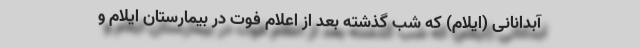
آبدانانی (ایلام) که شب گذشته بعد از اعلام فوت در بیمارستان ایلام و